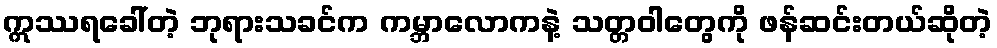
ဣဿရခေါ်တဲ့ ဘုရားသခင်က ကမ္ဘာလောကနဲ့ သတ္တဝါတွေကို ဖန်ဆင်းတယ်ဆိုတဲ့